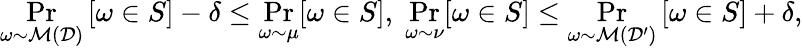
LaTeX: \operatorname*{Pr}_{\omega\sim\mathcal{M}(\mathcal{D})}\left[\omega\in S\right]-\delta\le\operatorname*{Pr}_{\omega\sim\mu}[\omega\in S],\; \operatorname*{Pr}_{\omega\sim\nu}[\omega\in S]\le\operatorname*{Pr}_{\omega\sim\mathcal{M}(\mathcal{D}^{\prime})}\left[\omega\in S\right]+\delta,